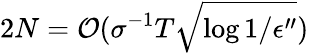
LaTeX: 2N={\mathcal O}(\sigma^{-1}T\sqrt{\log{1/\epsilon^{\prime\prime}}})